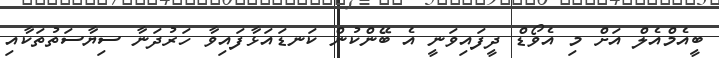
ބީއެމްއެލް އަށް މި އެވޯޑް ދީފައިވަނީ އެ ބޭންކުން ކަނޑައަޅާފައިވާ ހަރުދަނާ ސިޔާސަތުތަކާއި